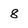
Character: 8